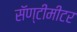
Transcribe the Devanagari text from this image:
सॅण्टीमीटर